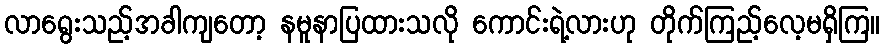
လာရွေးသည့်အခါကျတော့ နမူနာပြထားသလို ကောင်းရဲ့လားဟု တိုက်ကြည့်လေ့မရှိကြ။